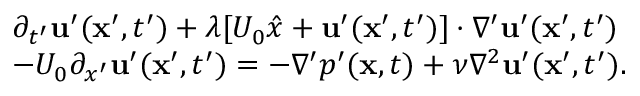
\begin{array} { r l } & { \partial _ { t ^ { \prime } } { \bf u ^ { \prime } } ( { \bf x ^ { \prime } } , t ^ { \prime } ) + \lambda [ U _ { 0 } \hat { x } + { \bf u ^ { \prime } } ( { \bf x ^ { \prime } } , t ^ { \prime } ) ] \cdot \nabla ^ { \prime } { \bf u ^ { \prime } } ( { \bf x ^ { \prime } } , t ^ { \prime } ) } \\ & { - U _ { 0 } \partial _ { x ^ { \prime } } { \bf u ^ { \prime } } ( { \bf x ^ { \prime } } , t ^ { \prime } ) = - \nabla ^ { \prime } p ^ { \prime } ( { \bf x } , t ) + \nu \nabla ^ { 2 } { \bf u ^ { \prime } } ( { \bf x ^ { \prime } } , t ^ { \prime } ) . } \end{array}